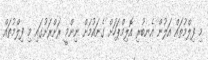
މި ފިލްމުތައް އަލުން އެނބުރި އޮލިމްޕަހަށް ގެނައުމަށް ނިންމީ ރަށްރަށުގައި މި ފިލްމުތައް